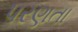
પરણતા